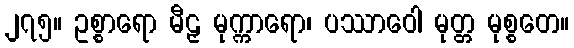
၂၇၅။ ဥစ္စာရော မီဠှ မုက္ကာရော၊ ပဿာဝေါ မုတ္တ မုစ္စတေ။